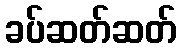
ခပ်ဆတ်ဆတ်